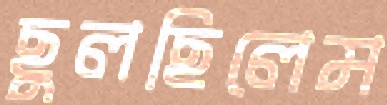
ছুলছিলেম